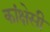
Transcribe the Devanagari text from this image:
कांक्षेसी